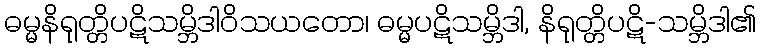
ဓမ္မနိရုတ္တိပဋိသမ္ဘိဒါဝိသယတော၊ ဓမ္မပဋိသမ္ဘိဒါ, နိရုတ္တိပဋိ-သမ္ဘိဒါ၏